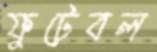
ফুটেবল